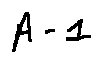
A - 1